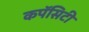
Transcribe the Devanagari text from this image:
कपॅसिटी